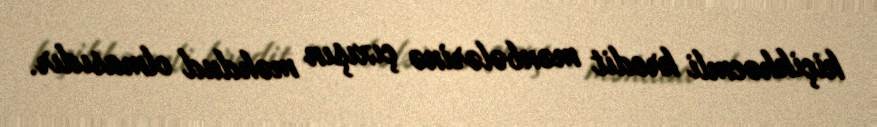
kiçikhəcmli kredit mənbələrinə çıxışın məhdud olmasıdır.